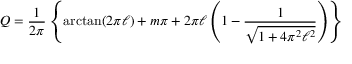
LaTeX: Q = \frac { 1 } { 2 \pi } \left\{ { \arctan } ( 2 { \pi } { \ell } ) + m \pi + 2 { \pi } { \ell } \left( 1 - \frac { 1 } { \sqrt { 1 + 4 { \pi } ^ { 2 } { \ell } ^ { 2 } } } \right) \right\}